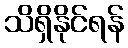
သိရှိနိုင်ရန်